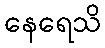
နေရေသိ